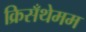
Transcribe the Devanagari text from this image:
क्रिसँथेमम